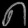
Digit: ၈